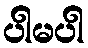
ပါမပါ